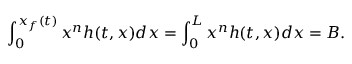
\int _ { 0 } ^ { x _ { f } ( t ) } x ^ { n } h ( t , x ) d x = \int _ { 0 } ^ { L } x ^ { n } h ( t , x ) d x = B .